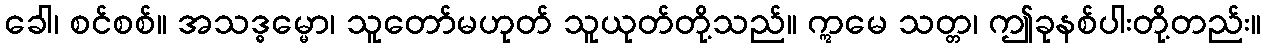
ခေါ၊ စင်စစ်။ အသဒ္ဓမ္မော၊ သူတော်မဟုတ် သူယုတ်တို့သည်။ ဣမေ သတ္တ၊ ဤခုနစ်ပါးတို့တည်း။